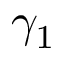
\gamma _ { 1 }